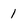
Character: 1